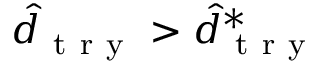
\hat { d } _ { \mathrm { ~ t ~ r ~ y ~ } } > \hat { d } _ { \mathrm { ~ t ~ r ~ y ~ } } ^ { * }